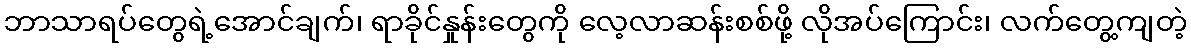
ဘာသာရပ်တွေရဲ့အောင်ချက်၊ ရာခိုင်နှုန်းတွေကို လေ့လာဆန်းစစ်ဖို့ လိုအပ်ကြောင်း၊ လက်တွေ့ကျတဲ့